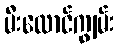
မီးလောင်ကျွမ်း